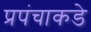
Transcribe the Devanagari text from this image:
प्रपंचाकडे